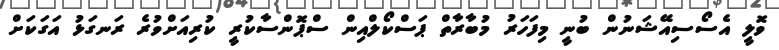
ވޮލީ އެސޯސިއޭޝަނުން ބުނީ މިފަހަރު މުބާރާތް ޕަސްކޯލްއިން ސްޕޮންސާކުރީ ކުރިއަށްވުރެ ރަނގަޅު އަގަކަށް